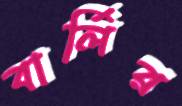
বার্লির